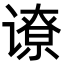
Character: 𬤟